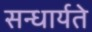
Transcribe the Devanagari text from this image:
सन्धार्यते